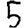
Digit: 5